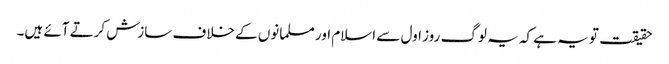
حقیقت تو یہ ہے کہ یہ لوگ روز اول سے اسلام اور مسلمانوں کے خلاف سازش کرتے آئے ہیں۔